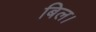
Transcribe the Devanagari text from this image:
बिल।